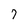
Character: 7